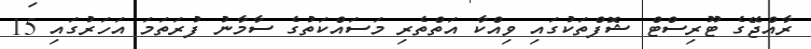
ރާއްޖޭގެ ޓޫރިސްޓް ޝޮފްތަކުގައި ވިއްކާ އަތްތެރި މަސައްކަތުގެ ސާމާނު ފުރަތަމަ އަހަރުގައި 15